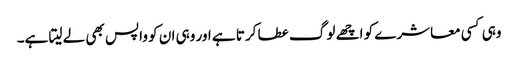
وہی کسی معاشرے کو اچھے لوگ عطا کرتا ہے اور وہی ان کو واپس بھی لے لیتا ہے۔